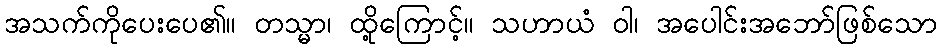
အသက်ကိုပေးပေ၏။ တသ္မာ၊ ထို့ကြောင့်။ သဟာယံ ဝါ၊ အပေါင်းအဘော်ဖြစ်သော